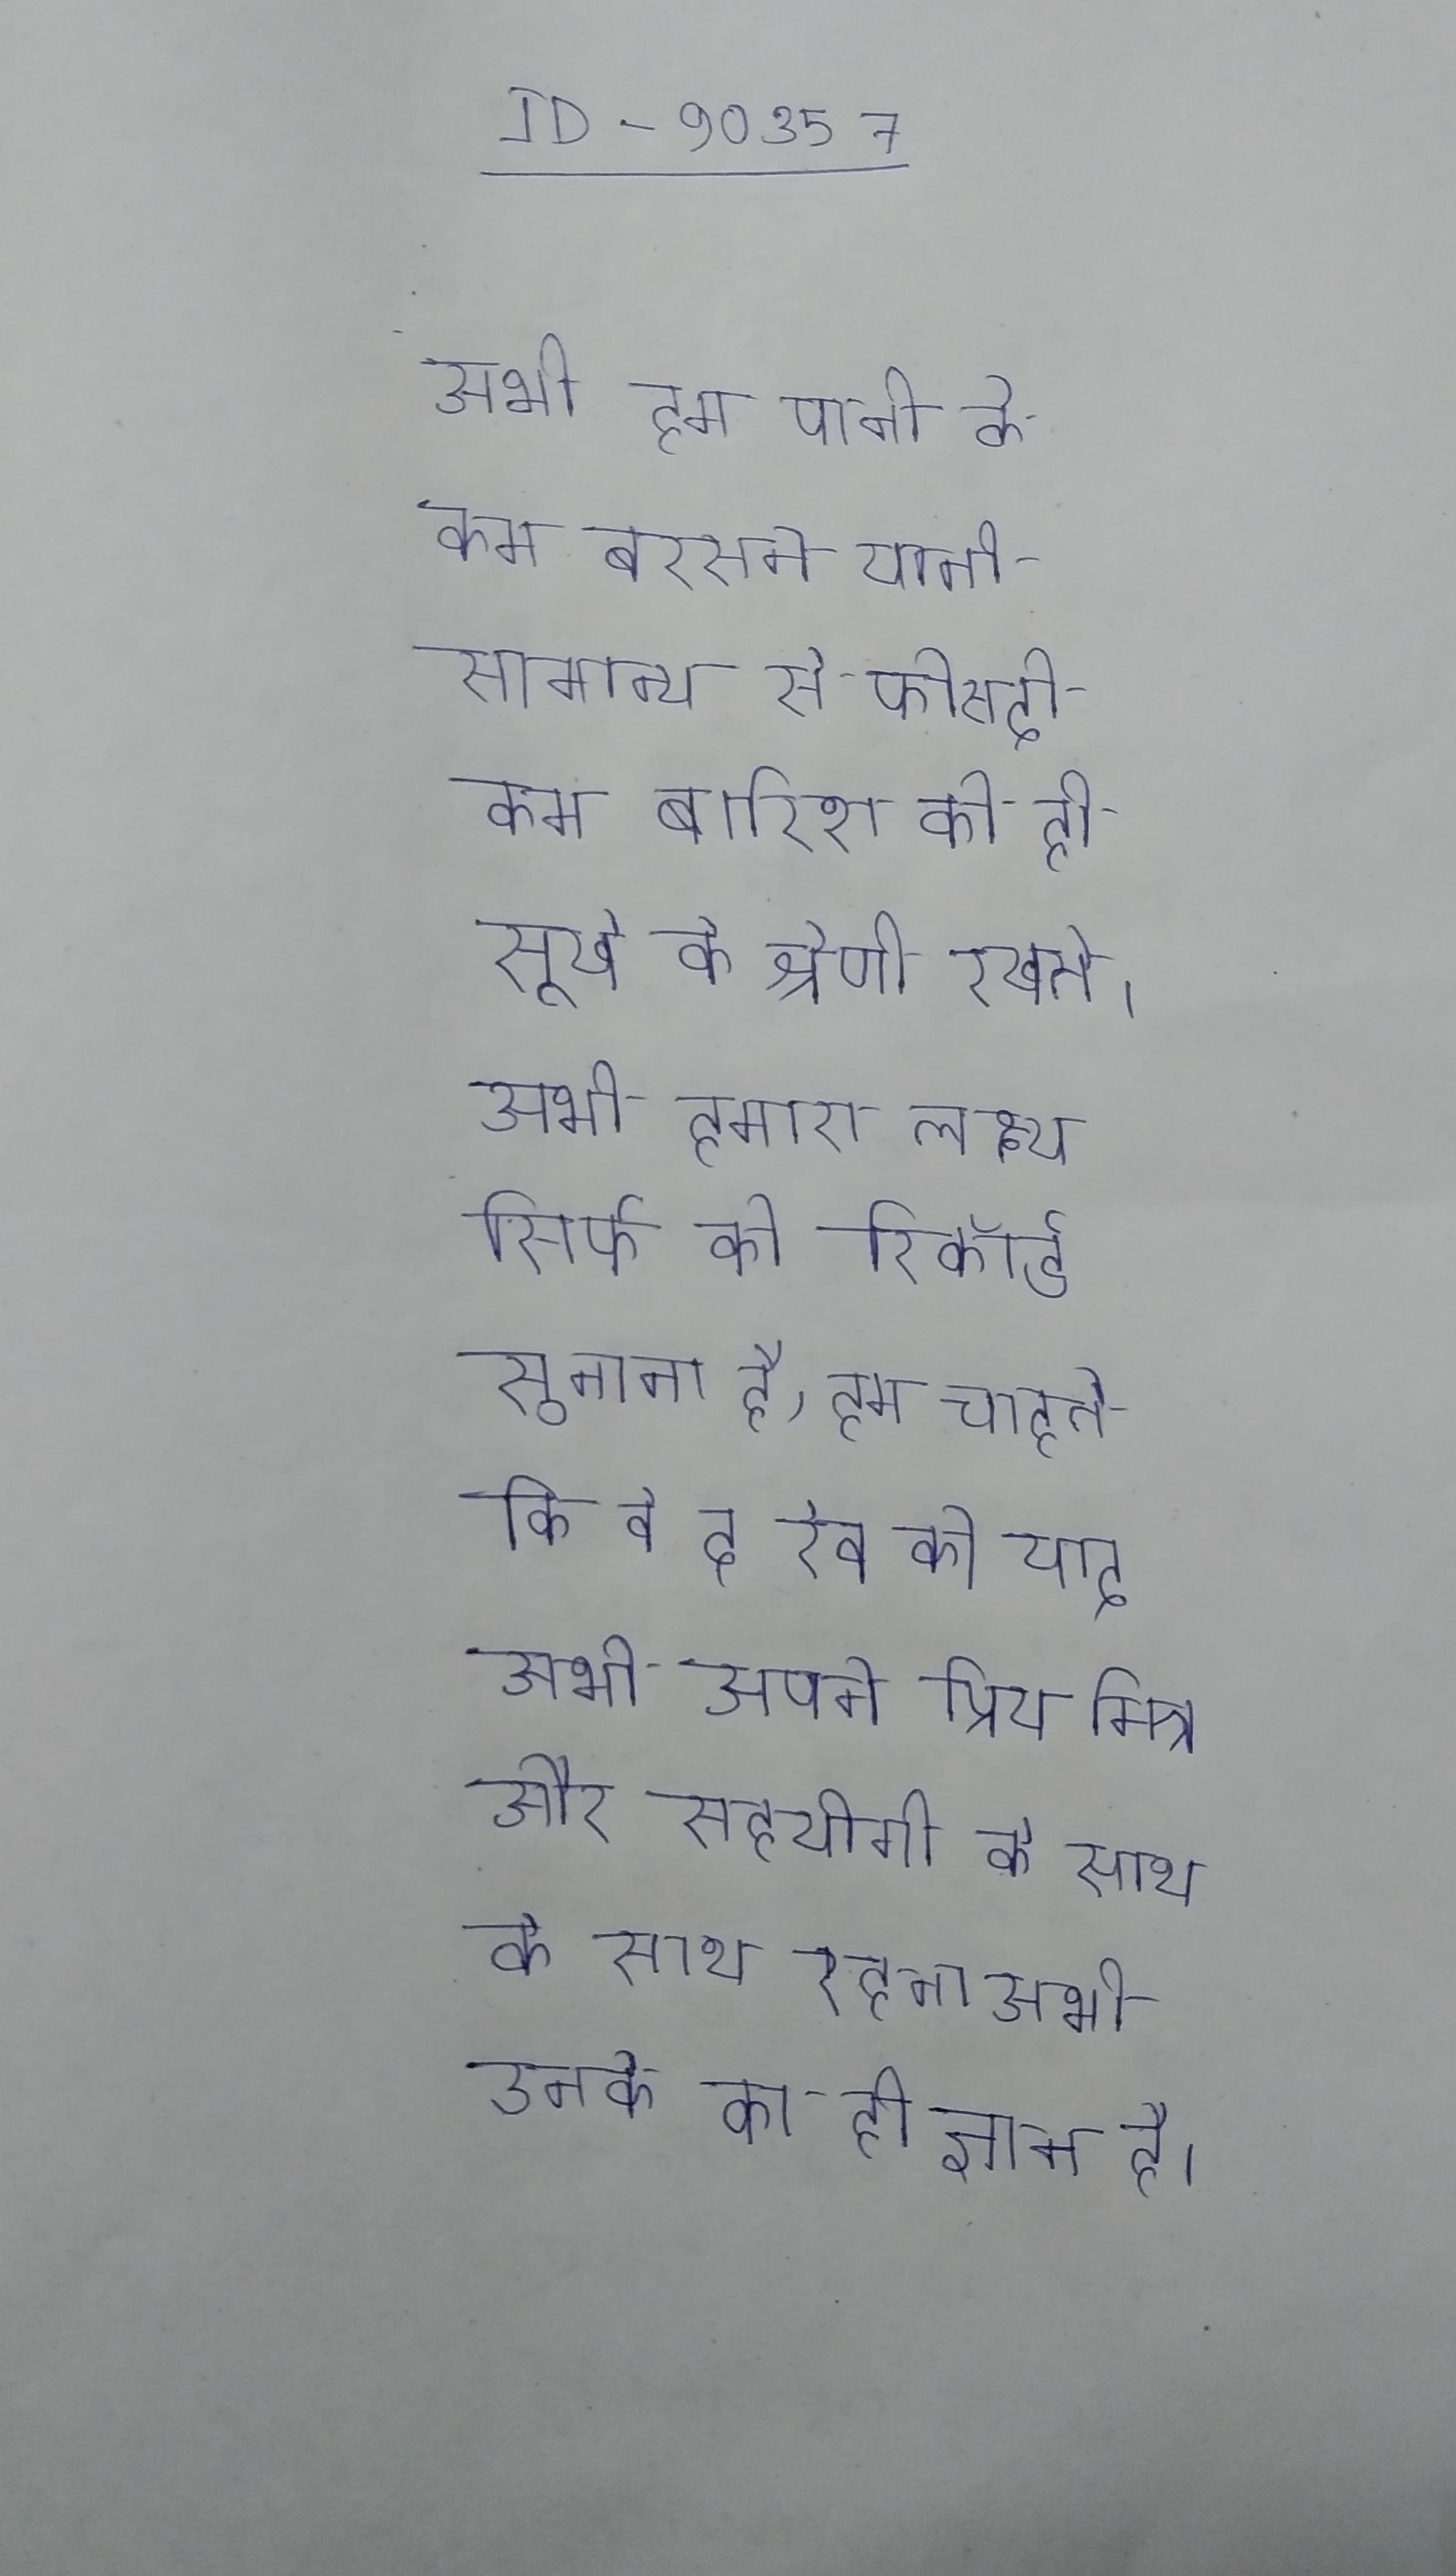
अभी हम पानी के कम बरसने यानी सामान्य से फीसदी कम बारिश को ही सूखे के श्रेणी रखते । अभी हमारा लक्ष्य सिर्फ को रिकॉर्ड सुनाना है, हम चाहते कि वे द रेव को याद अभी अपने प्रिय मित्र और सहयोगी के साथ के साथ रहना अभी उनके का ही ज्ञान है ।